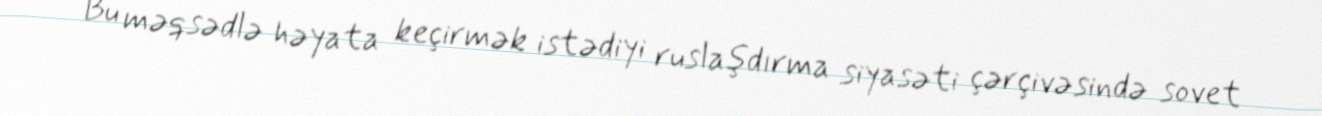
Bu məqsədlə həyata keçirmək istədiyi ruslaşdırma siyasəti çərçivəsində sovet